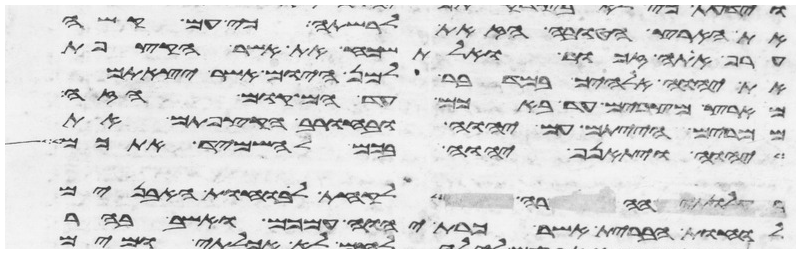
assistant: את הארץ הטובה הזאת לרשתה כי עם קשה
ערף אתה זכור ואל תשכח את אשר הקצפת
את יהוה אלהיך במדבר למן היום אשר יצאתם
מארץ מצרים עד באכם עד המקום הזה
ממרים הייתם עם יהוה ובחורב הקצפתם את
יהוה ויתאנף יהוה בכם להשמיד אתכם
ההרה לקחת לוחות האבנים
לוחת הברית אשר כרת יהוה עמכם ואשב בהר